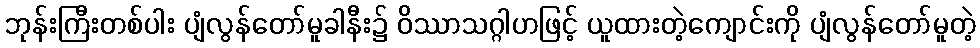
ဘုန်းကြီးတစ်ပါး ပျံလွန်တော်မူခါနီး၌ ဝိဿာသဂ္ဂါဟဖြင့် ယူထားတဲ့ကျောင်းကို ပျံလွန်တော်မူတဲ့